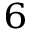
^ { 6 }